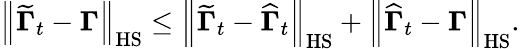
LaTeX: \left\| \widetilde{\boldsymbol{\Gamma}}_{t}-\boldsymbol{\Gamma}\right\| _{\mathrm{HS}}\leq\left\| \widetilde{\boldsymbol{\Gamma}}_{t}-\widehat{\boldsymbol{\Gamma}}_{t}\right\| _{\mathrm{HS}}+\left\| \widehat{\boldsymbol{\Gamma}}_{t}-\boldsymbol{\Gamma}\right\| _{\mathrm{HS}}.